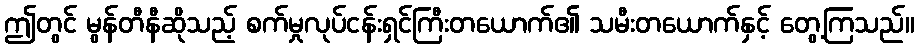
ဤတွင် မွန်တီနီဆိုသည့် စက်မှုလုပ်ငန်းရှင်ကြီးတယောက်၏ သမီးတယောက်နှင့် တွေ့ကြသည်။